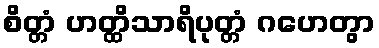
စိတ္တံ ဟတ္ထိသာရိပုတ္တံ ဂဟေတွာ